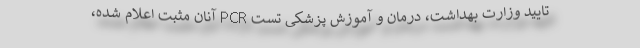
تایید وزارت بهداشت، درمان و آموزش پزشکی تست PCR آنان مثبت اعلام شده،